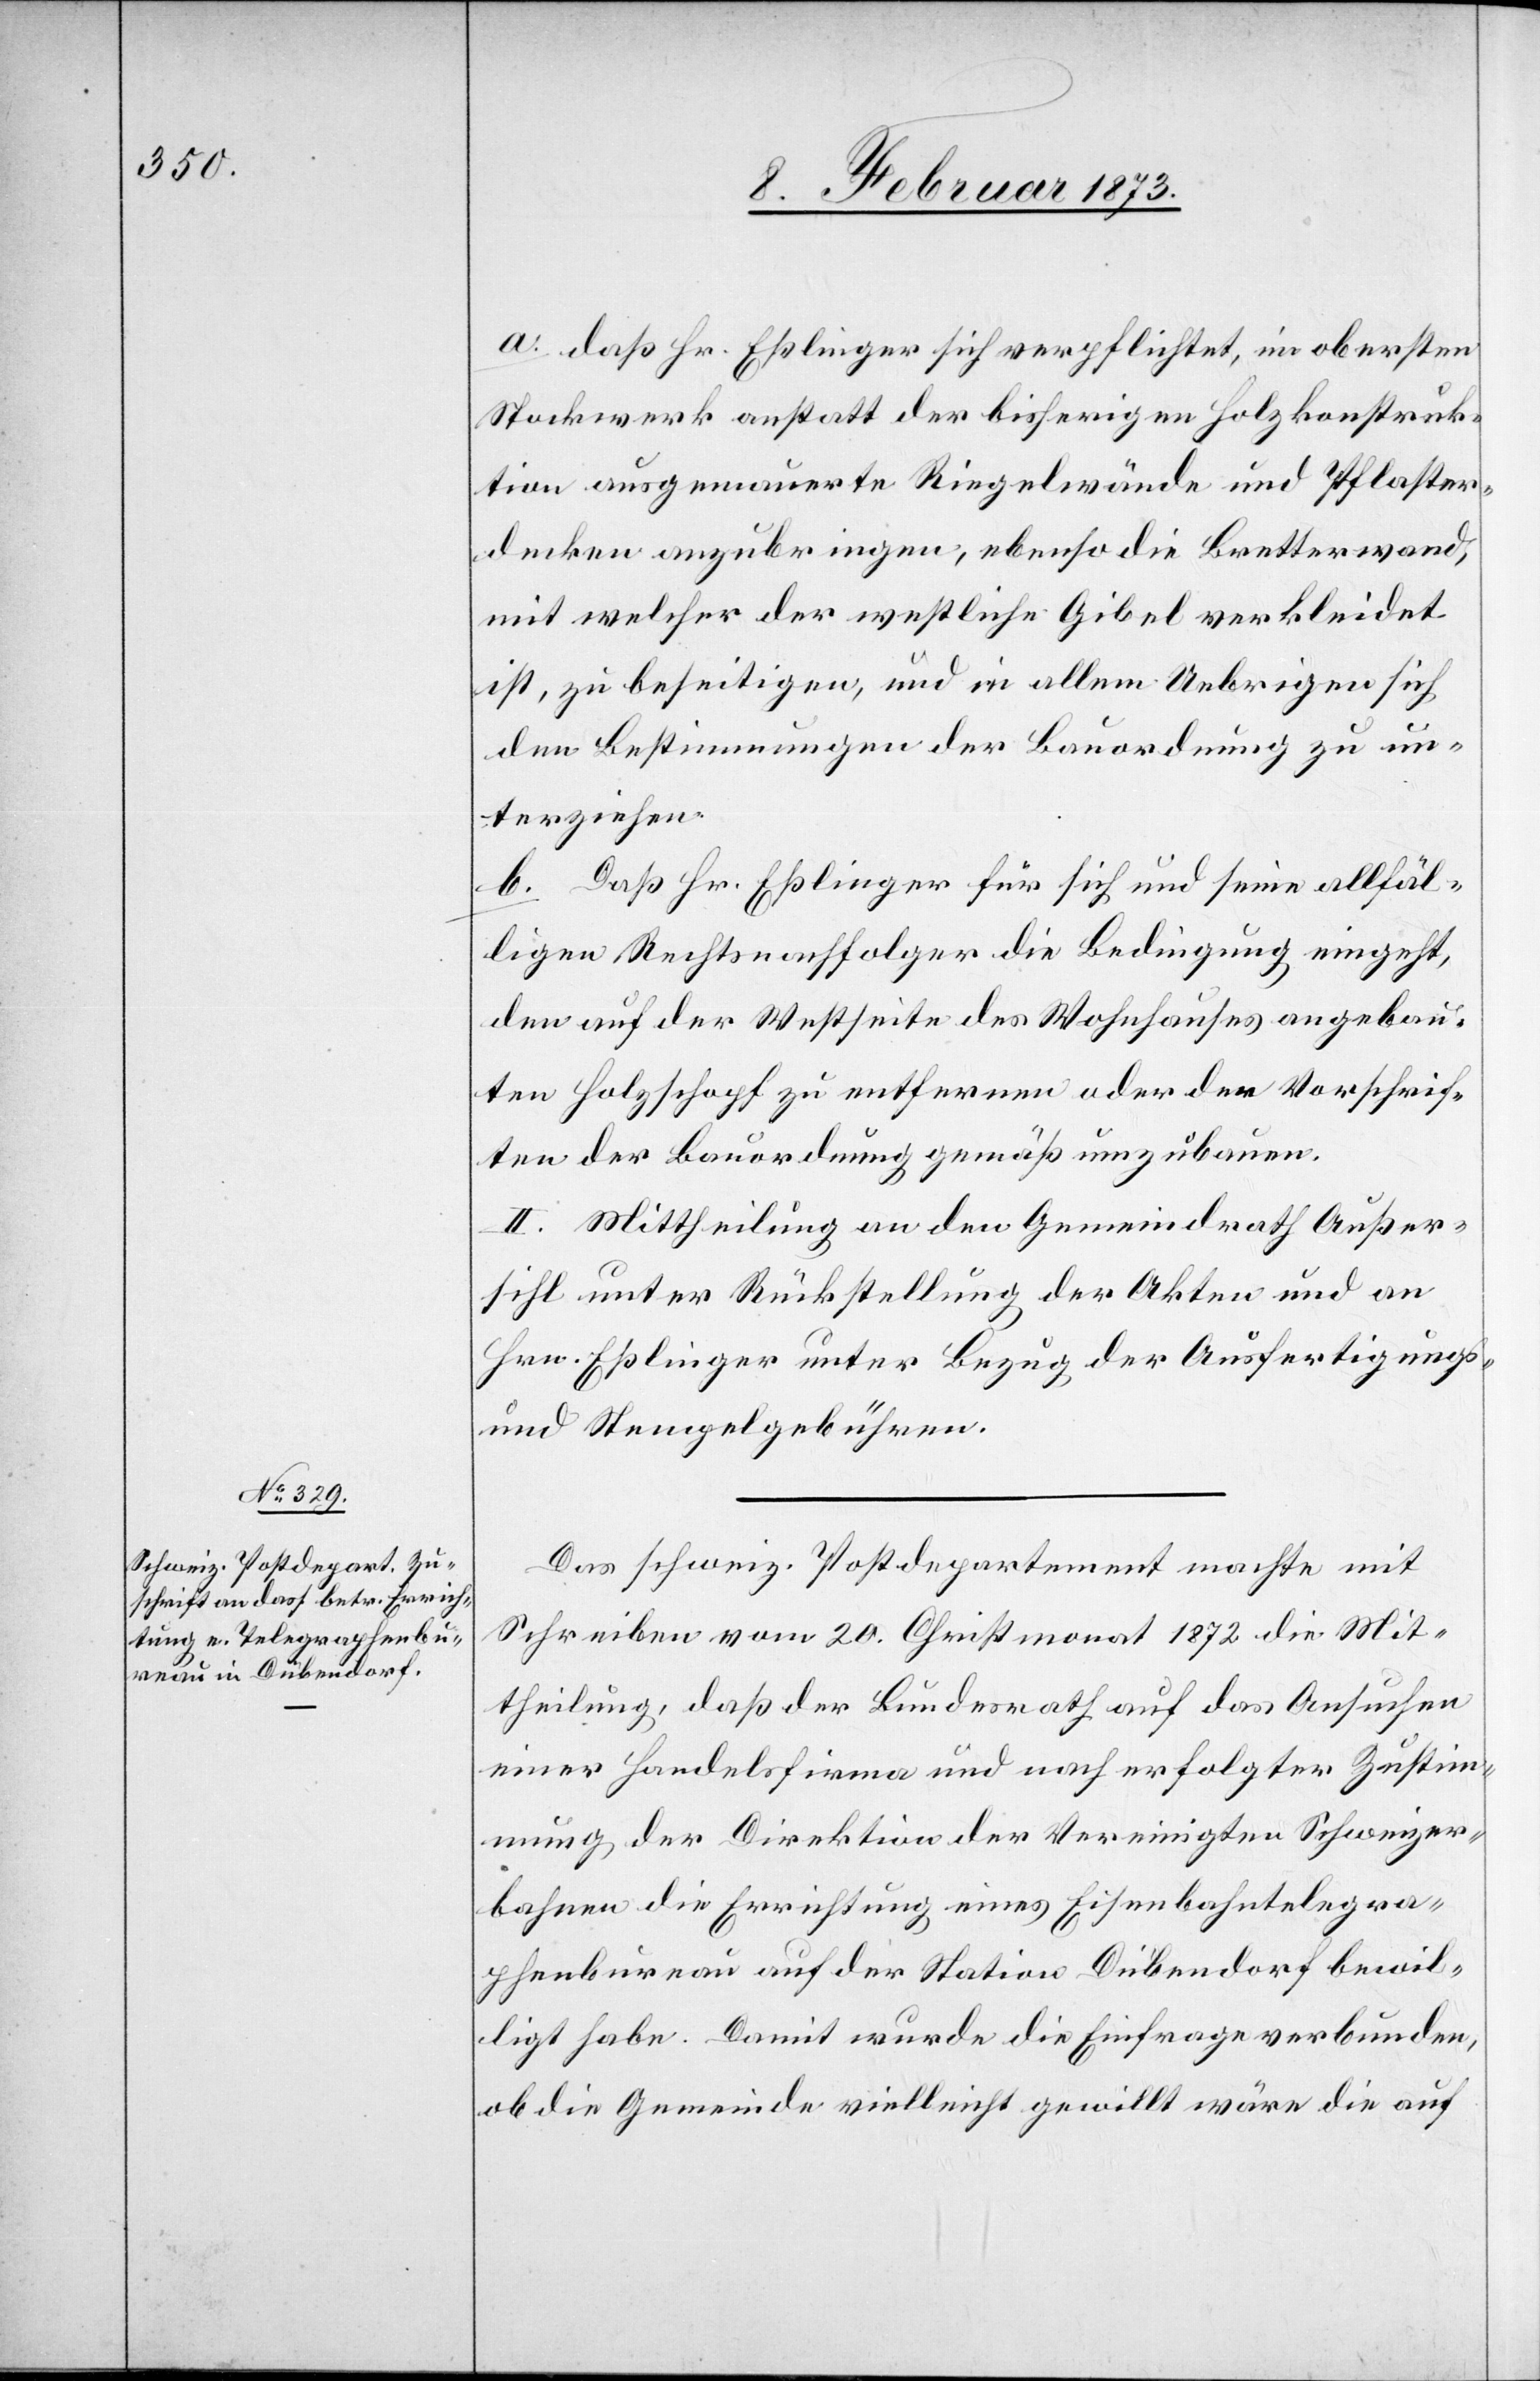
a. daß Hr. Eßlinger sich verpflichtet, im obersten
Stockwerk anstatt der bisherigen Holzkonstruk¬
tion ausgemauerte Riegelwände und Pflaster¬
decken anzubringen, ebenso die Bretterwand,
mit welcher der westliche Gibel verkleidet
ist, zu beseitigen, und in allem Uebrigen sich
den Bestimmungen der Bauordnung zu un¬
terziehen.
b. Daß Hr. Eßlinger für sich und seine allfäl¬
ligen Rechtsnachfolger die Bedingung eingeht,
den auf der Westseite des Wohnhauses angebau¬
ten Holzschopf zu entfernen oder den Vorschrif¬
ten der Bauordnung gemäß umzubauen.
II. Mittheilung an den Gemeindrath Außer¬
sihl unter Rückstellung der Akten und an
Hrn. Eßlinger unter Bezug der Ausfertigungs-
und Stempelgebühren.
Das schweiz. Postdepartement machte mit
Schreiben vom 20. Christmonat 1872 die Mit¬
theilung, daß der Bundesrath auf das Ansuchen
einer Handelsfirma und nach erfolgter Zustim¬
mung der Direktion der Vereinigten Schweizer¬
bahnen die Errichtung eines Eisenbahntelegra¬
phenbureau auf der Station Dübendorf bewil¬
ligt habe. Damit wurde die Einfrage verbunden,
ob die Gemeinde vielleicht gewillt wäre die auf